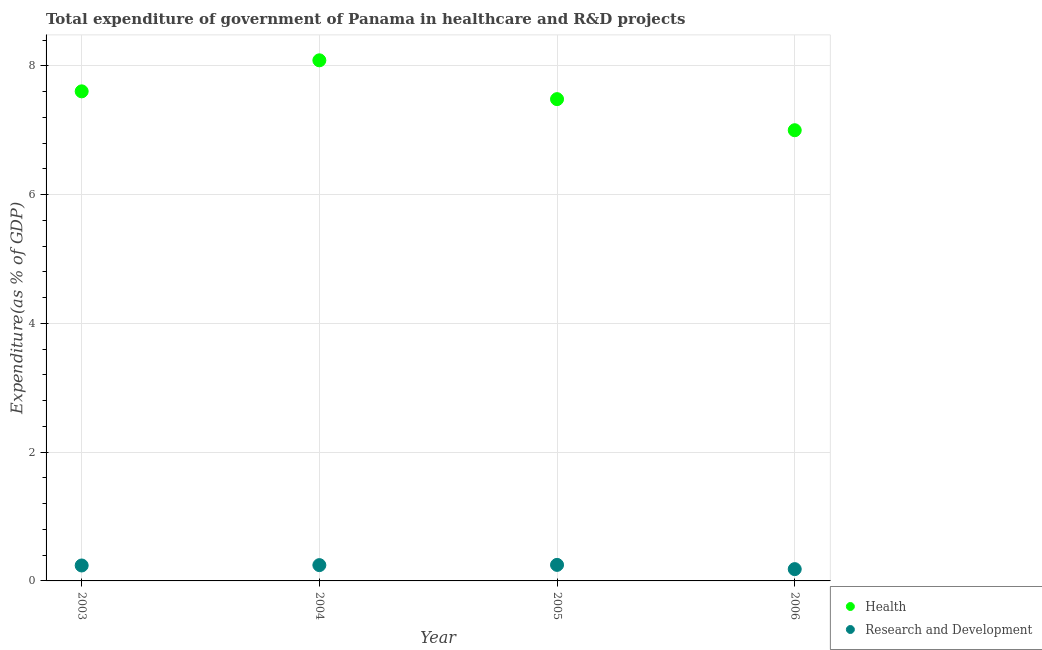
| Year | Health | Research and Development |
 | --- | --- | --- |
 | 2003 | 7.6 | 0.24 |
 | 2004 | 8.09 | 0.245 |
 | 2005 | 7.48 | 0.249 |
 | 2006 | 7 | 0.183 |